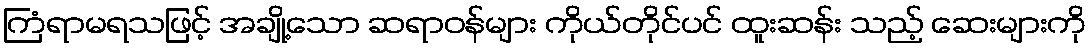
ကြံရာမရသဖြင့် အချို့သော ဆရာဝန်များ ကိုယ်တိုင်ပင် ထူးဆန်း သည့် ဆေးများကို